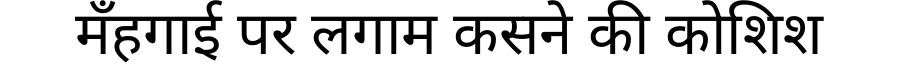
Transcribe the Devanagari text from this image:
मँहगाई पर लगाम कसने की कोशिश